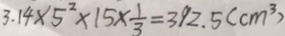
3 . 1 4 \times 5 ^ { 2 } \times 1 5 \times \frac { 1 } { 3 } = 3 9 2 . 5 ( c m ^ { 3 } )